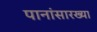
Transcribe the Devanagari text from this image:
पानांसारख्या